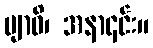
ဗျာဓိ၊ အနာ၎င်း။